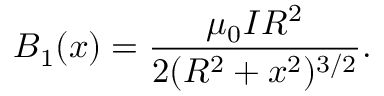
B _ { 1 } ( x ) = { \frac { \mu _ { 0 } I R ^ { 2 } } { 2 ( R ^ { 2 } + x ^ { 2 } ) ^ { 3 / 2 } } } .